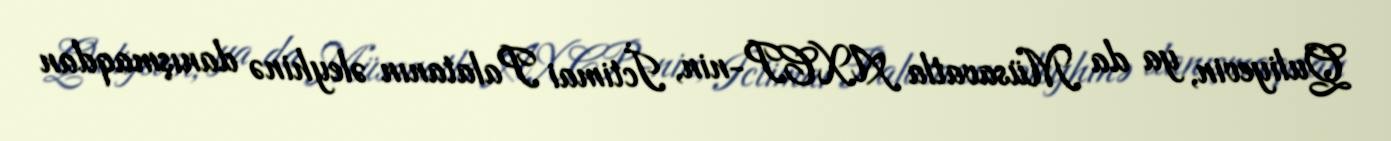
Quliyevin, ya da Müsavatla AXCP-nin, İctimai Palatanın əleyhinə danışmaqdan